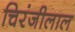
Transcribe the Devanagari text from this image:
चिरंजीलाल